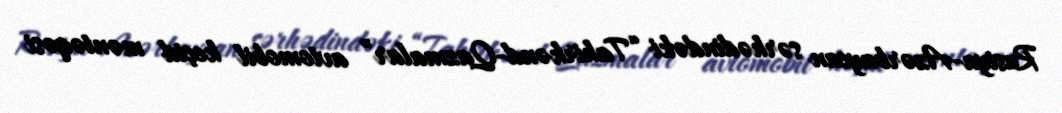
Rusiya-Azərbaycan sərhədindəki “Tahirkənd-Qazmalar” avtomobil keçid məntəqəsi